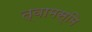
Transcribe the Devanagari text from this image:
त्वामस्मि